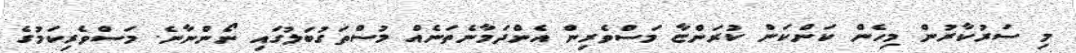
މި ސަރުކާރުން މިހެން ކަންކަން ކުރަންޏާ މަސްވެރިން އެންދަމާނެތަނެއް މުސްތަގުބަލުގައި ނޯންނާނެ. މަސްވެރިކަމުގެ